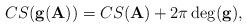
LaTeX: \begin{align*}CS(\mathbf{g}(\mathbf{A}))=CS(\mathbf{A})+2\pi \deg (\mathbf{g}), \end{align*}